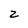
Character: z